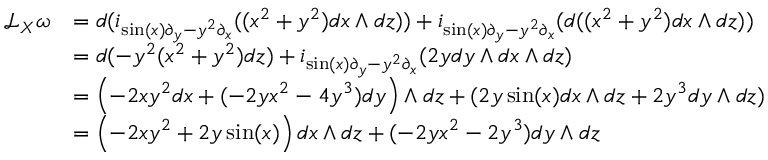
{ \begin{array} { r l } { { \mathcal { L } } _ { X } \omega } & { = d ( i _ { \sin ( x ) \partial _ { y } - y ^ { 2 } \partial _ { x } } ( ( x ^ { 2 } + y ^ { 2 } ) d x \wedge d z ) ) + i _ { \sin ( x ) \partial _ { y } - y ^ { 2 } \partial _ { x } } ( d ( ( x ^ { 2 } + y ^ { 2 } ) d x \wedge d z ) ) } \\ & { = d ( - y ^ { 2 } ( x ^ { 2 } + y ^ { 2 } ) d z ) + i _ { \sin ( x ) \partial _ { y } - y ^ { 2 } \partial _ { x } } ( 2 y d y \wedge d x \wedge d z ) } \\ & { = \left( - 2 x y ^ { 2 } d x + ( - 2 y x ^ { 2 } - 4 y ^ { 3 } ) d y \right) \wedge d z + ( 2 y \sin ( x ) d x \wedge d z + 2 y ^ { 3 } d y \wedge d z ) } \\ & { = \left( - 2 x y ^ { 2 } + 2 y \sin ( x ) \right) d x \wedge d z + ( - 2 y x ^ { 2 } - 2 y ^ { 3 } ) d y \wedge d z } \end{array} }